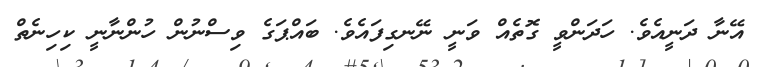
އޭނާ ދަނީއެވެ. ހަދަންވީ ގޮތެއް ވަނީ ނޭނގިފައެވެ. ބައްޕަގެ ވިސްނުން ހުންނާނީ ކިހިނެތް